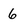
Character: 6